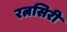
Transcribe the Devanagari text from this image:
रत्नसिरी